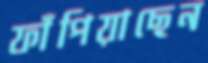
ফাঁপিয়াছেন